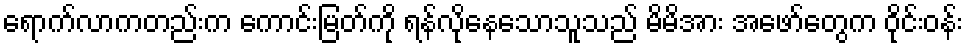
ရောက်လာကတည်းက ကောင်းမြတ်ကို ရန်လိုနေသောသူသည် မိမိအား အဖော်တွေက ဝိုင်းဝန်း